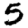
Digit: 5